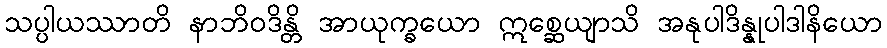
သပ္ပါယဿာတိ နာဘိဝဒိန္တိ အာယုက္ခယော ဣစ္ဆေယျာသိ အနုပါဒိန္နုပါဒါနိယော